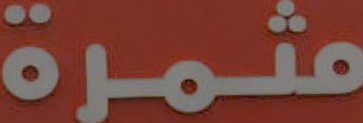
مثمرة